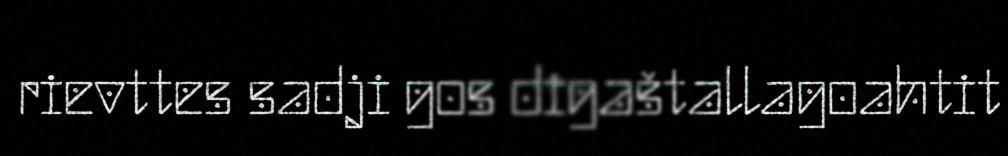
rievttes sadji gos digaštallagoahtit